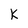
Character: K